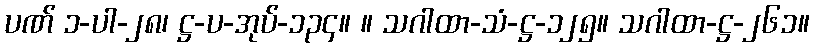
ပဏ် ၁-ပါ-၂၈၊ ဋ္ဌ-ပ-အုပ်-၁၃၄။ ။ သဂါထာ-သံ-ဋ္ဌ-၁၂၅။ သဂါထာ-ဋ္ဌ-၂၆၁။